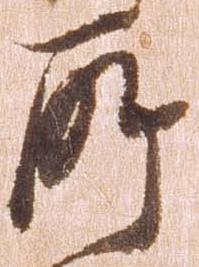
所